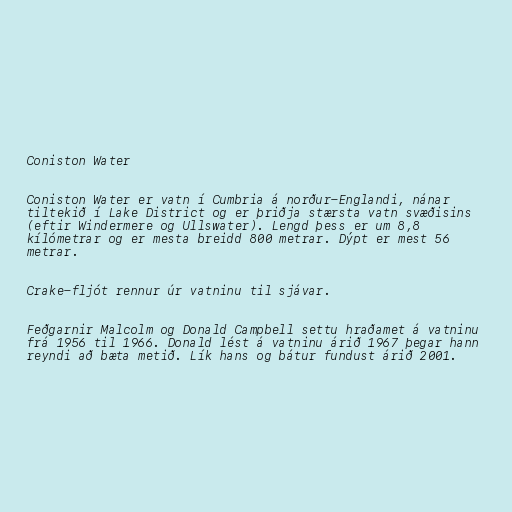
Coniston Water

Coniston Water er vatn í Cumbria á norður-Englandi, nánar
tiltekið í Lake District og er þriðja stærsta vatn svæðisins
(eftir Windermere og Ullswater). Lengd þess er um 8,8
kílómetrar og er mesta breidd 800 metrar. Dýpt er mest 56
metrar.

Crake-fljót rennur úr vatninu til sjávar.

Feðgarnir Malcolm og Donald Campbell settu hraðamet á vatninu
frá 1956 til 1966. Donald lést á vatninu árið 1967 þegar hann
reyndi að bæta metið. Lík hans og bátur fundust árið 2001.